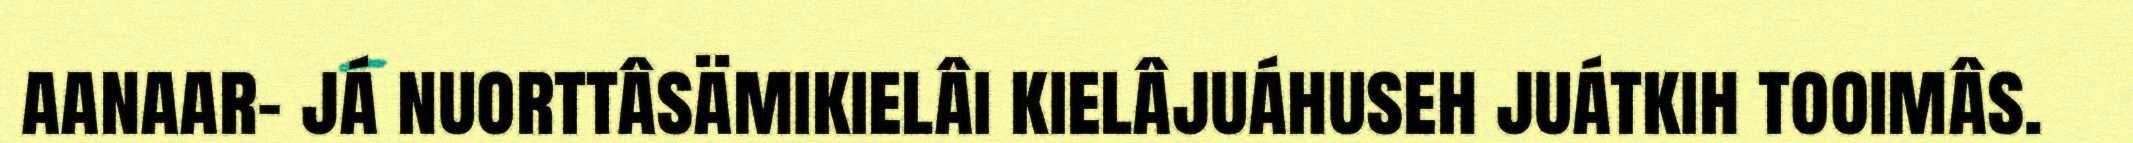
aanaar- já nuorttâsämikielâi kielâjuáhuseh juátkih tooimâs.